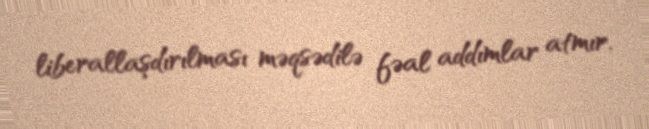
liberallaşdırılması məqsədilə fəal addımlar atmır.